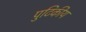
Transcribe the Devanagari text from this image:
पुटिकीय